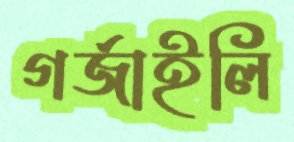
গর্জাইলি